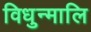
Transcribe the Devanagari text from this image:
विधुन्मालि